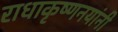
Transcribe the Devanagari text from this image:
राधाकृष्णनयांनी